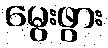
မွေးဖွား